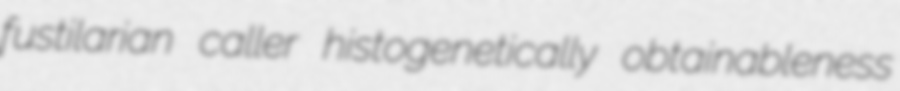
fustilarian caller histogenetically obtainableness